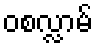
ဝစလ္လာမ်